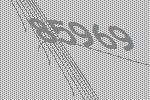
85969